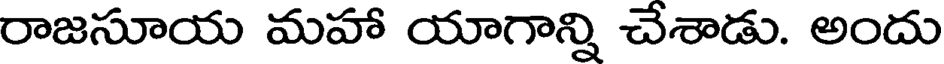
రాజసూయ మహా యాగాన్ని చేశాడు. అందు